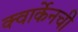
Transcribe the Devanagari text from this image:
क्वार्केनची